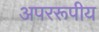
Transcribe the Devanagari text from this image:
अपररूपीय